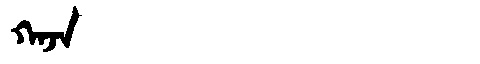
Manchu: ᡴᠠᠵᠠ
Romanization: KAJA